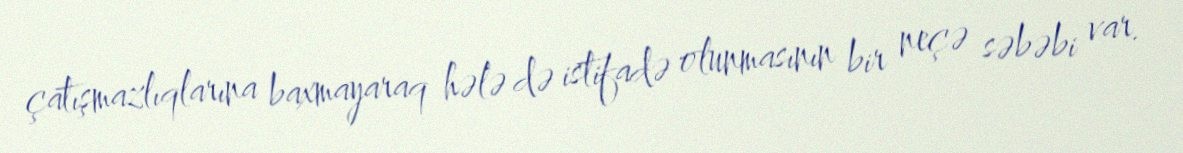
çatışmazlıqlarına baxmayaraq hələ də istifadə olunmasının bir neçə səbəbi var.